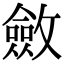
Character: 斂